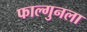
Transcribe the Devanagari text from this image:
फाल्गुनला